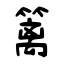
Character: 篱